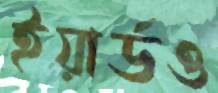
ইয়ার্ডও